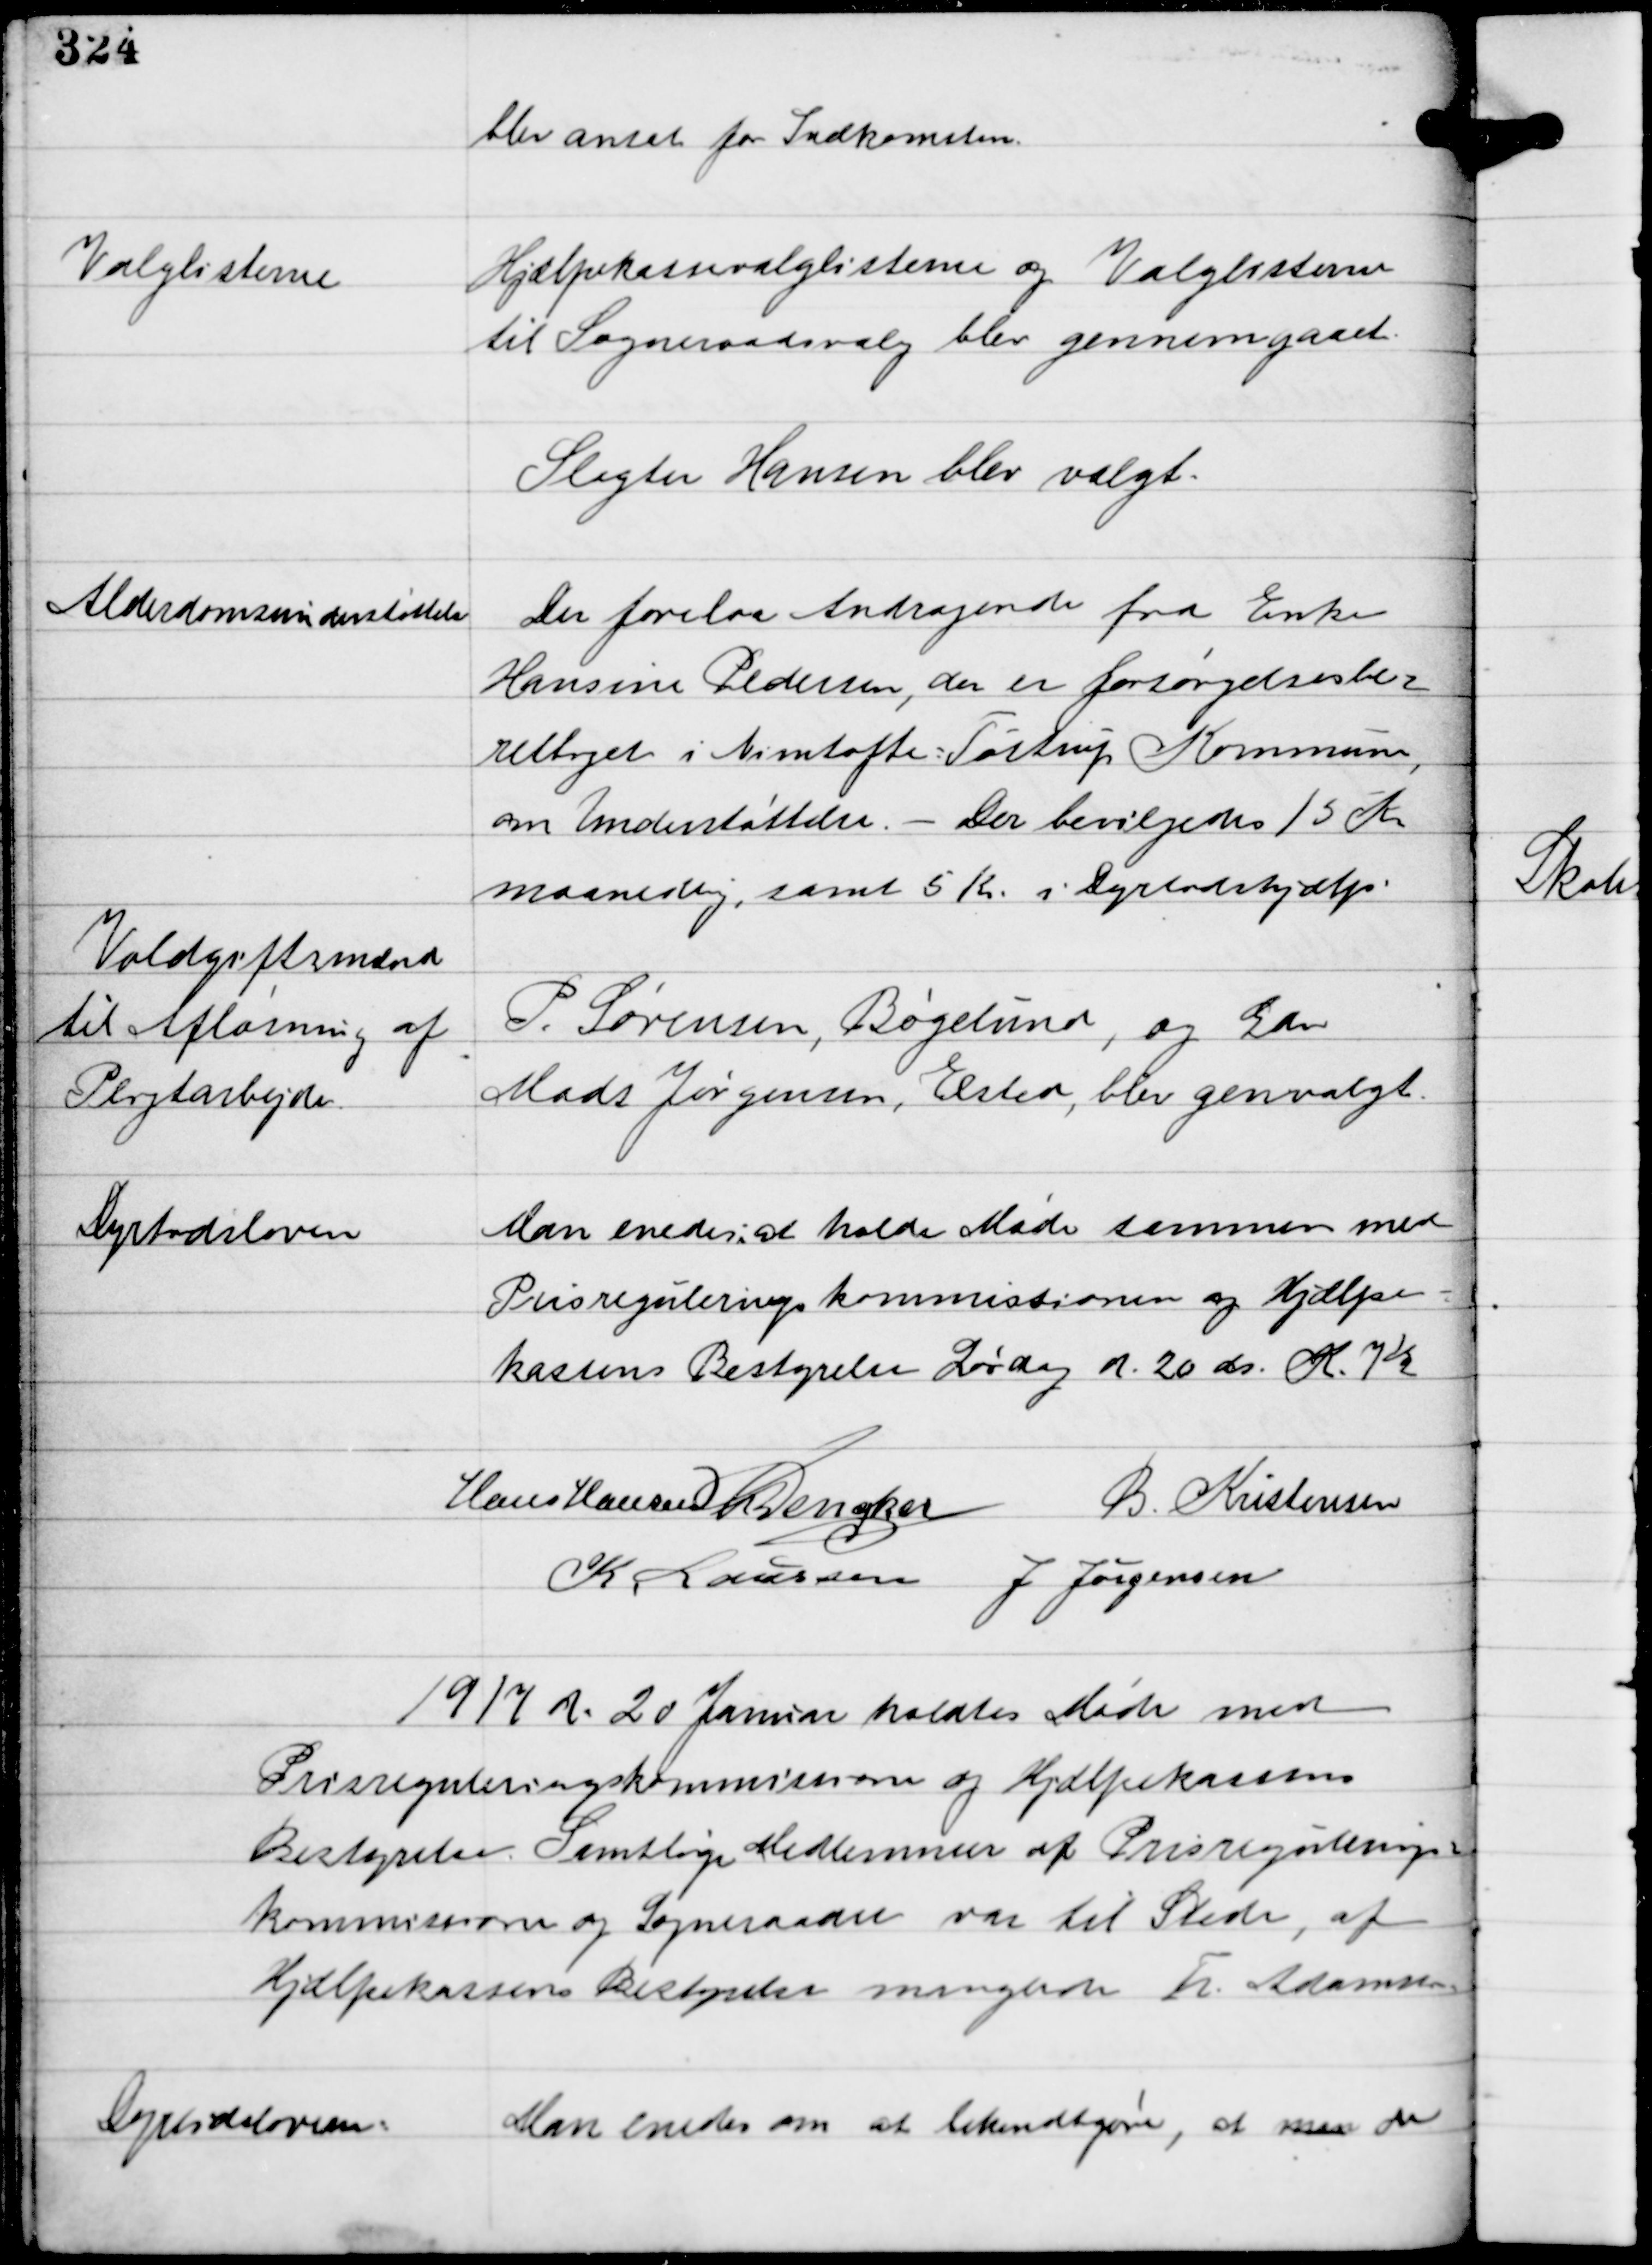
Transskription:
blev ansat for Indkomsten.

Valglisterne

Hjælpekassevalglisterne og Valglisterne
til Sogneraadsvalg blev gennemgaaet.
Slagter Hansen blev valgt.

Alderdomsunderstøttelse

Der forelaa Andragende fra Enke
Hansine Pedersen, der er forsørgelsesbe-
rettiget i Nimtofte-Tøstrup Kommune
om Understøttelse. - Der bevilgedes 15 Kr.
maanedlig, samt 5 Kr i Dyrtidshjælp.

Voldgiftsmænd
til Afløsning af 
Pligtarbejde.

P. Sørensen, Bøgelund, og Gdr
Mads Jørgensen, Elsted, blev genvalgt.

Dyrtidsloven

Man enedes at holde Møde sammen med
Prisreguleringskommissionen og Hjælpe-
kassens Bestyrelse Lørdag d. 20 ds. Kl. 7½
Hans Hansen C Dencher B. Kristensen
K. Laursen J Jørgensen

1917 d. 20 Januar holdtes Møde med
Prisreguleringskommissionen og Hjælpekassens
Bestyrelse. Samtlige Medlemmer af Prisregulerings
kommissionen og Sogneraadet var til Stede, af
Hjælpekassens Bestyrelse manglede Fr. Adamsen

Dyrtidsloven

Man enedes om at bekendtgøre, at man der